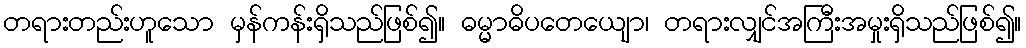
တရားတည်းဟူသော မှန်ကန်းရှိသည်ဖြစ်၍။ ဓမ္မာဓိပတေယျော၊ တရားလျှင်အကြီးအမှုးရှိသည်ဖြစ်၍။